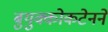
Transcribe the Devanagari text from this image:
बुयुक्कोकटेनने